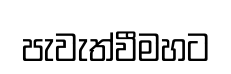
පැවැත්වීමහට